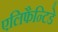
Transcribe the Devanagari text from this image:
एलिफैन्टिडे